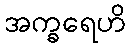
အက္ခရေဟိ